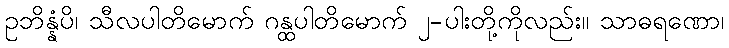
ဥဘိန္နံပိ၊ သီလပါတိမောက် ဂန္ထပါတိမောက် ၂-ပါးတို့ကိုလည်း။ သာဓရဏော၊